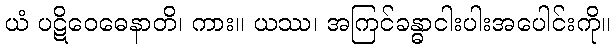
ယံ ပဋိဝေဓေနာတိ၊ ကား။ ယဿ၊ အကြင်ခန္ဓာငါးပါးအပေါင်းကို။